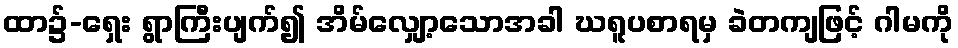
ထာ၌-ရှေး ရွာကြီးပျက်၍ အိမ်လျှော့သောအခါ ဃရူပစာရမှ ခဲတကျဖြင့် ဂါမကို